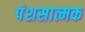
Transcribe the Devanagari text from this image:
पंशसात्मक